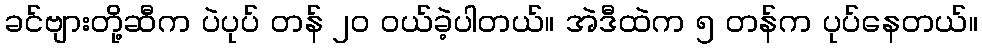
ခင်ဗျားတို့ဆီက ပဲပုပ် တန် ၂၀ ဝယ်ခဲ့ပါတယ်။ အဲဒီထဲက ၅ တန်က ပုပ်နေတယ်။